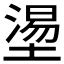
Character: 𡐀